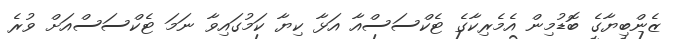
ޒެންބިޔާގެ ބޮޑުމިން އެމެރިކާގެ ޓެކްސަސްއާ އަޅާ ކިޔާ ކަމުގައިވާ ނަމަ ޓެކްސަސްއަށް ވުރެ